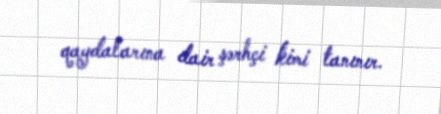
qaydalarına dair şərhçi kimi tanınır.